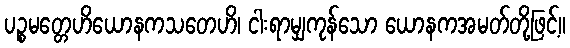
ပဉ္စမတ္တေဟိယောနကသတေဟိ၊ ငါးရာမျှကုန်သော ယောနကအမတ်တို့ဖြင့်။